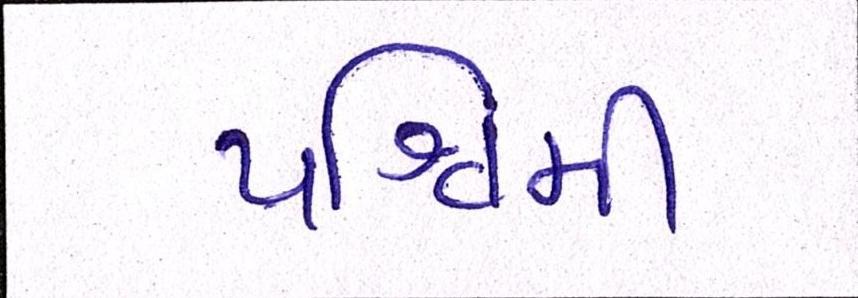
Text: પશ્ચિમી